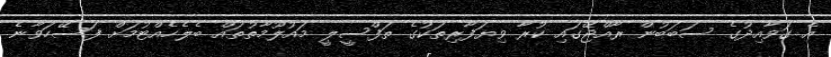
އެ ގަވާއިދުގެ ސަބަބުން ރާއްޖޭގައި ކުރާ ވިޔަފާރިތަކުގެ ތަފްސީލީ މައުލޫމާތުތައް ބެލެހެއްޓުމަށް ފަސޭހަވާނެ